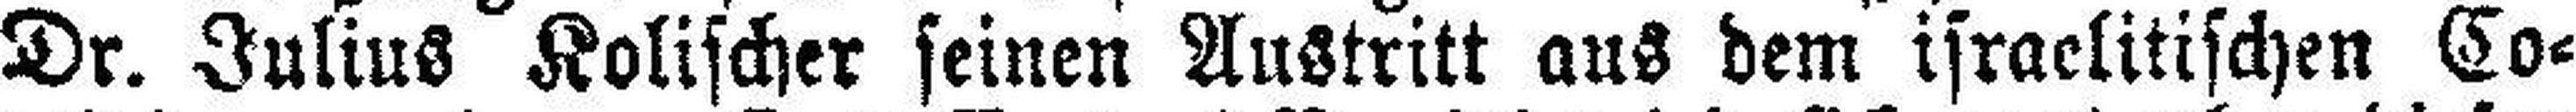
Dr. Julius Kolischer seinen Austritt aus dem israelitischen Co¬